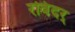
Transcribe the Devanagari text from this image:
रविंदर्